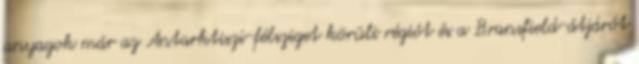
anyagok már az Antarktiszi-félsziget körüli régiót és a Bransfield-átjárót